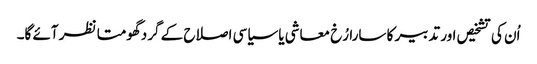
اُن کی تشخیص اور تدبیر کا سارا رُخ معاشی یا سیاسی اصلاح کے گرد گھومتا نظر آئے گا۔